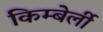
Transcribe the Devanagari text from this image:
किम्बेर्ली